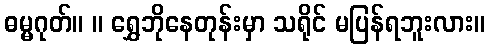
ဓမ္မဂုတ်။ ။ ရွှေဘိုနေတုန်းမှာ သရိုင် မပြန်ရဘူးလား။